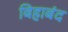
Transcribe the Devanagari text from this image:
बिहाबंद